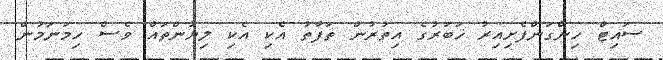
ސައިޓް ހިންގަންފެށިއިރު ޚަބަރުގެ އިތުރުން ތަފާތު އެކި އެކި ލިޔުންތައް ވެސް ހިމަނަމުން